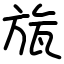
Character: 旊